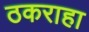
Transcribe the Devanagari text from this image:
ठकराहा